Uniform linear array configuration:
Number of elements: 8
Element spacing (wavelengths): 0.25
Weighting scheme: kaiser
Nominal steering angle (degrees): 15
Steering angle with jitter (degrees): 13.348
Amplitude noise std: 0.05
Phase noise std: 0.05

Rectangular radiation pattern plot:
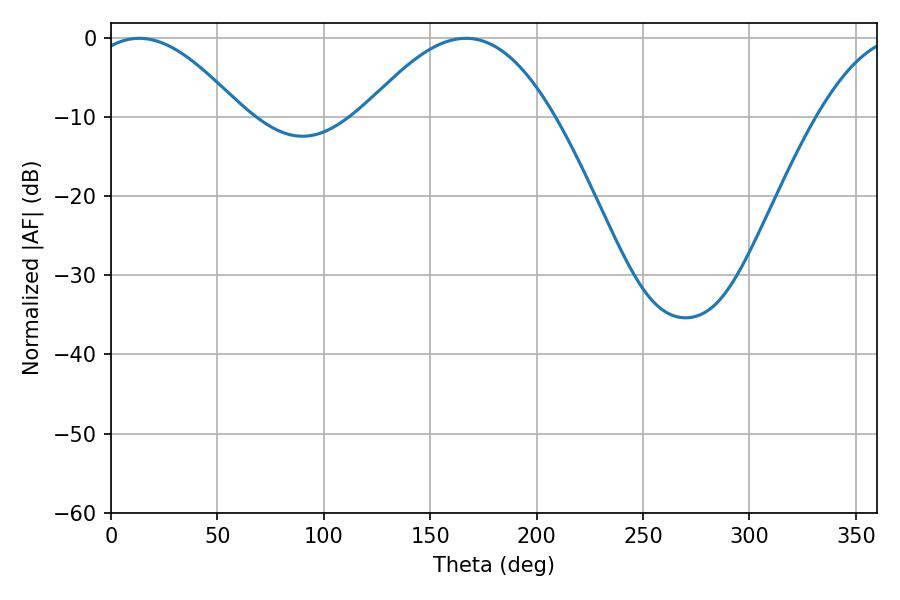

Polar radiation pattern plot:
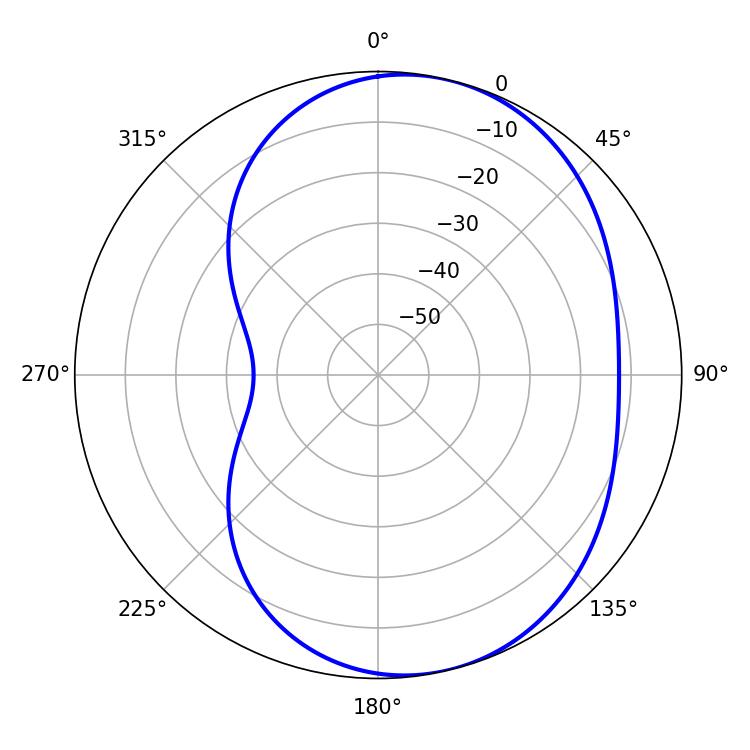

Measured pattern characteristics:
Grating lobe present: FALSE
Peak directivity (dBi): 5.957
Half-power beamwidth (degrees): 38.88
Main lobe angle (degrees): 13.32